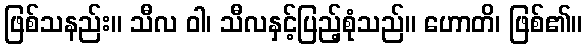
ဖြစ်သနည်း။ သီလ ဝါ၊ သီလနှင့်ပြည့်စုံသည်။ ဟောတိ၊ ဖြစ်၏။